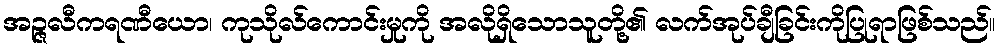
အဉ္ဇလီကရဏီယော၊ ကုသိုလ်ကောင်းမှုကို အလိုရှိသောသူတို့၏ လက်အုပ်ချီခြင်းကိုပြုရာဖြစ်သည်။